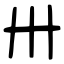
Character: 卅